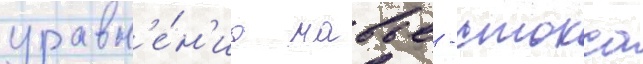
уравн'е́н'иа навье - стокса